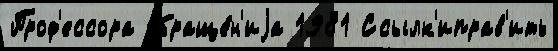
Проф'ессора обраще́н'иjа 1981 Ссылк'иправ'ить